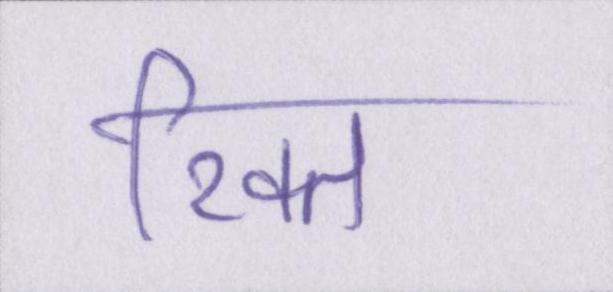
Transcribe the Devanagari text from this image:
रिक्त